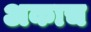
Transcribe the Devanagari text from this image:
अकाच